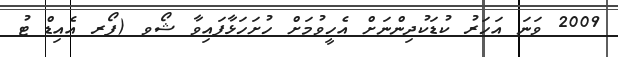
2009 ވަނަ އަހަރު ކުޑަކުދިންނަށް އެހީވުމަށް ހުށަހަޅާފައިވާ ޝޯވ (ފޯރ އެއިޑް ޓު